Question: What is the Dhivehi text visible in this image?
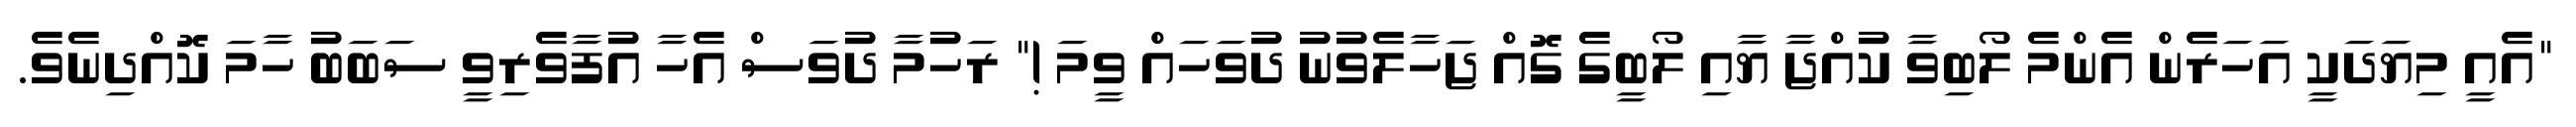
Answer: "އެއީ މިޔަދަކީ އަހަރެން އެންމެ ލޯބިވާ ކުއްޖާ ޔާއި ލޯބީގެ ގޮއް ޖަހާލެވުނު ދުވަހައް ވީމަ !" ރަހުމާ ދުވަސް އެހާ އުފާވެރިވީ ސަބަބު ހާމަ ކޮއްދިނެވެ.